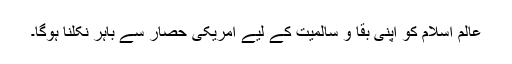
عالم اسلام کو اپنی بقا و سالمیت کے لیے امریکی حصار سے باہر نکلنا ہوگا۔